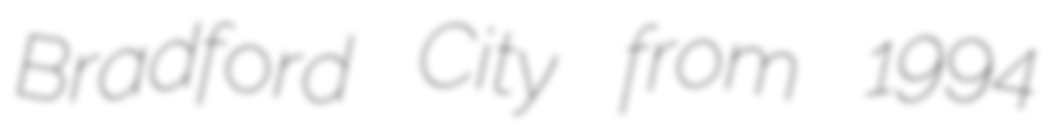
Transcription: Bradford City from 1994